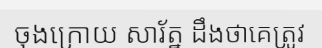
ចុងក្រោយ សារ័ត្ន ដឹងថាគេត្រូវ